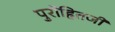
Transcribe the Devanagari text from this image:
पुरोहितजी